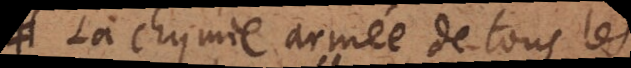
La Chymie armée de tous les